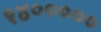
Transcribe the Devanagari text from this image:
१४०००००